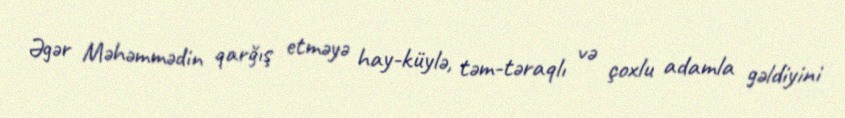
Əgər Məhəmmədin qarğış etməyə hay-küylə, təm-təraqlı və çoxlu adamla gəldiyini